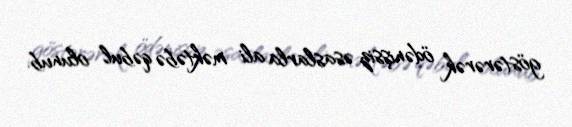
göstərərək ödənişsiz əsaslarla ali məktəbə qəbul olunub.